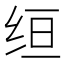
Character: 𫄠